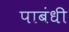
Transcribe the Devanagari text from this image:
पाबंधी